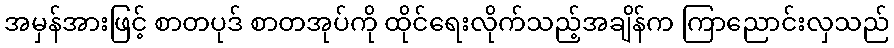
အမှန်အားဖြင့် စာတပုဒ် စာတအုပ်ကို ထိုင်ရေးလိုက်သည့်အချိန်က ကြာညောင်းလှသည်